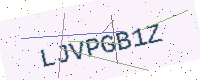
Text: LJVPGB1Z